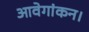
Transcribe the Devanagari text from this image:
आवेगांकन।